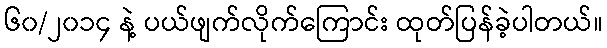
၆၀/၂၀၁၄ နဲ့ ပယ်ဖျက်လိုက်ကြောင်း ထုတ်ပြန်ခဲ့ပါတယ်။